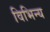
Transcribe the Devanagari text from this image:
विभिन्य